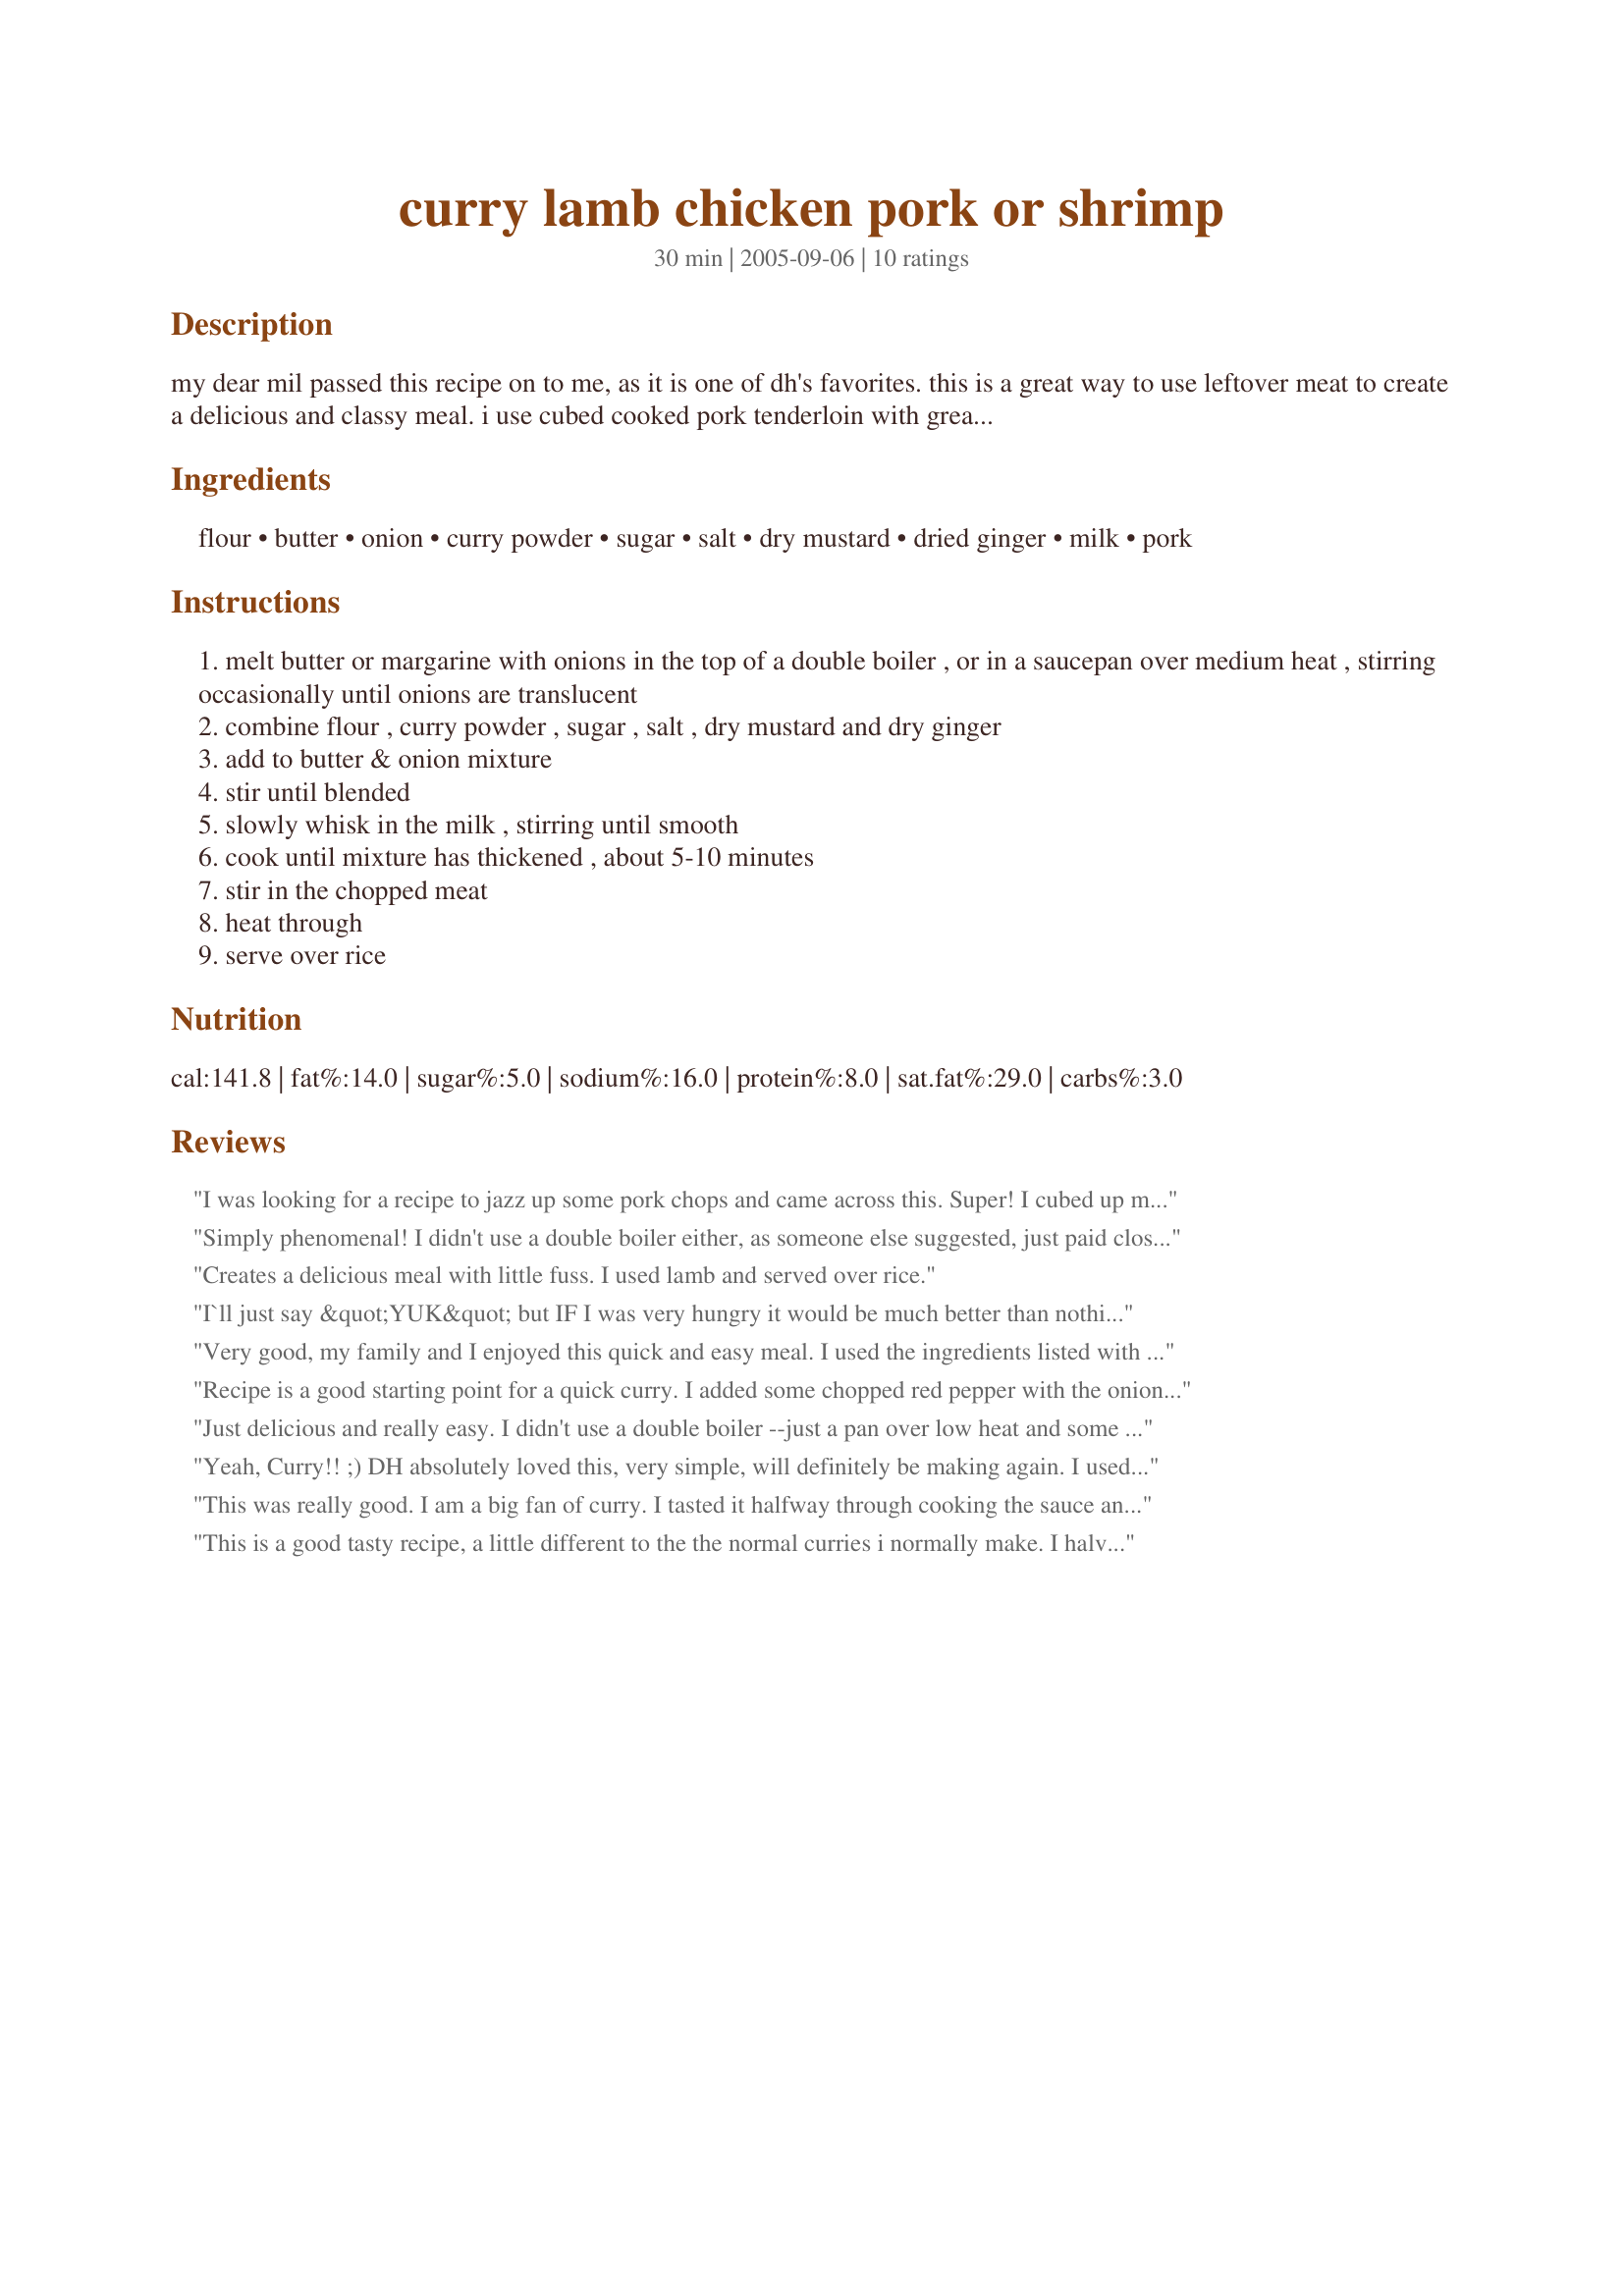
curry lamb chicken pork or shrimp
Preparation time: 30 minutes

my dear mil passed this recipe on to me, as it is one of dh's favorites. this is a great way to use leftover meat to create a delicious and classy meal. i use cubed cooked pork tenderloin with great results.this curry dish is served over rice. side dishes can be any combination of cashews, peaches, diced apples or chutney.

Ingredients:
flour, butter, onion, curry powder, sugar, salt, dry mustard, dried ginger, milk, pork

Steps:
melt butter or margarine with onions in the top of a double boiler , or in a saucepan over medium heat , stirring occasionally until onions are translucent
combine flour , curry powder , sugar , salt , dry mustard and dry ginger
add to butter & onion mixture
stir until blended
slowly whisk in the milk , stirring until smooth
cook until mixture has thickened , about 5-10 minutes
stir in the chopped meat
heat through
serve over rice

Reviews:
I was looking for a recipe to jazz up some pork chops and came across this. Super! I cubed up my chops and gave them a quick saute and set them aside. I also skipped the double boiler and just kept the heat low and was diligent. I used 1 tbsp of butter and fresh ginger (which I added just before I added the flour and spices), otherwise I followed the recipe exactly. DH thought it was a little too sweet and could use some "tweaking" but I loved it. I served this over brown rice.
Simply phenomenal! I didn't use a double boiler either, as someone else suggested, just paid close attention to the pan and stirred frequently. When I made this, I used bite-sized pieces of pork. I'm not sure the sauce was the best match for the meat, though, and the sauce is the real highlight here. It's delicious! I think, however, that it would match up best with chicken or shrimp, perhaps scallops as well.
Creates a delicious meal with little fuss. I used lamb and served over rice.
I`ll just say &quot;YUK&quot; but IF I was very hungry it would be much better than nothing.....
Very good, my family and I enjoyed this quick and easy meal. I used the ingredients listed with the following exceptions: added salt towards the end (because it just needed it), added about a tsp of Splenda near the end (should have left that out). I too, did not use the double boiler. I used left over store bought rotisserie chicken. My daughter is already asking when I will cook this again. This a dish she can cook with ease, she is eleven.
Recipe is a good starting point for a quick curry. I added some chopped red pepper with the onion, substituted coconut milk for most of the milk, and added some frozen peas with the liquids. Also used ground lamb for the meat. Very tasty, though I ended up adding some extra salt to my portion.
Just delicious and really easy. I didn't use a double boiler --just a pan over low heat and some diligence. The recipe doesn't say when to add the flour, but I figured it went in with the dry spices to make a roux, and that worked out fine. The very thick sauce thinned out just right when I added a bag of big frozen shrimp. By the time they were thawed and hot, the sauce was perfect to ladle onto rice. Served it with sides of chopped apples and raisins. My husband adored this and so did I. THANKS!
Yeah, Curry!! ;)
DH absolutely loved this, very simple, will definitely be making again.
I used chicken, only change I made was adding cumin to the sauce and had ran out of milk so used cream instead and a little less flour (didn't need to thicken as much).
Served over recipe#8594, thanks Yeah, Toast!!
This was really good. I am a big fan of curry. I tasted it halfway through cooking the sauce and ended up throwing some salt in because it seemed a little bland to me (personal preference). The curry flavor really came out well, but I just like mine with more salt! It tasted great! I actually used ground turkey, and it was wonderful :-)
This is a good tasty recipe, a little different to the the normal curries i normally make. I halved the curry powder and added other spices like cumin and coriander. Went down a treat.
